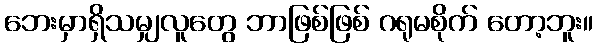
ဘေးမှာရှိသမျှလူတွေ ဘာဖြစ်ဖြစ် ဂရုမစိုက် တော့ဘူး။